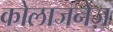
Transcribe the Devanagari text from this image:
कोलाजनेज़